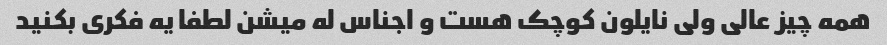
همه چیز عالی ولی نایلون کوچک هست و اجناس له میشن لطفا یه فکری بکنید